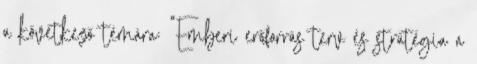
a következő témára: "Emberi erőforrás terv és stratégia a